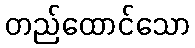
တည်ထောင်သော